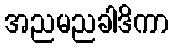
အညမညခါဒိကာ